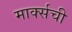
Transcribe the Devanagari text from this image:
मार्क्सची